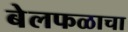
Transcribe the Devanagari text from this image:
बेलफळाचा